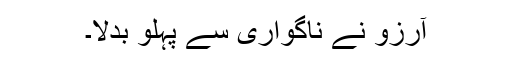
آرزو نے ناگواری سے پہلو بدلا۔